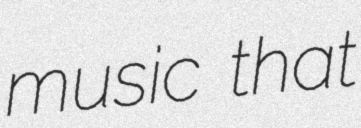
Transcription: music that